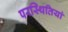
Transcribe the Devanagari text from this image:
परस्थितियां